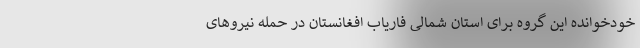
خودخوانده این گروه برای استان شمالی فاریاب افغانستان در حمله نیروهای